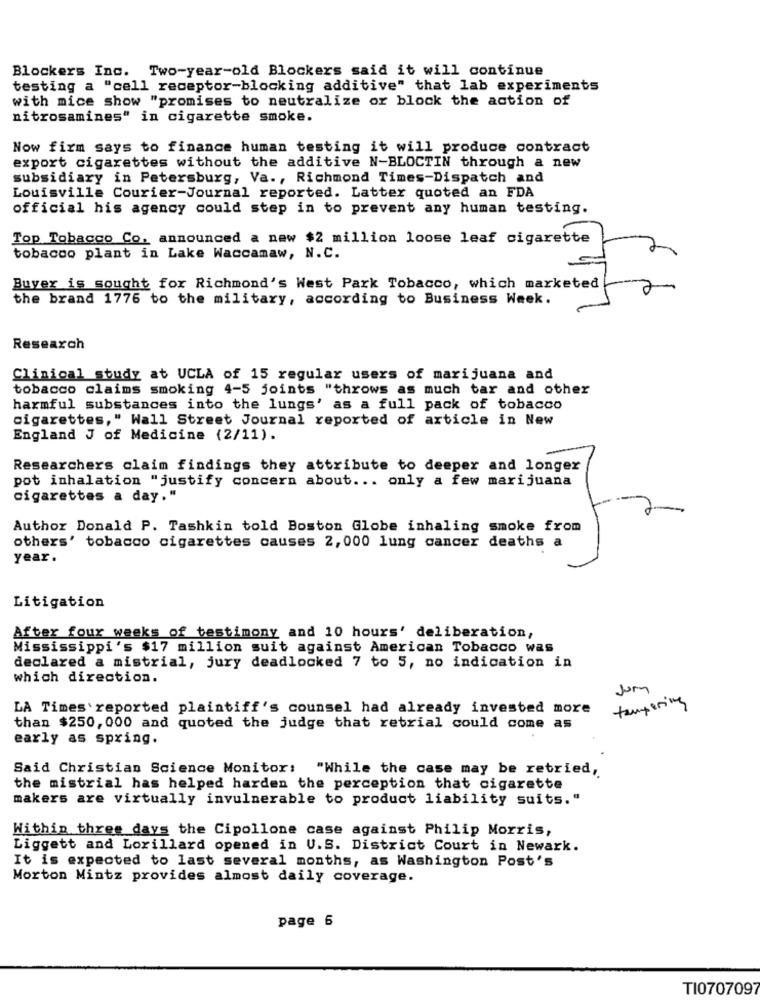
Blockers Inc. Two-year-old Blockers said it will continue
testing a "cell receptor-blocking additive" that lab experiments
with mice show "promises to neutralize or block the action of
nitrosamines" in cigarette smoke.
Now firm says to finance human testing it will produce contract
export cigarettes without the additive N-BLOCTIN through a new
subsidiary in Petersburg, Va ., Richmond Times-Dispatch and
Louisville Courier-Journal reported. Latter quoted an FDA
official his agency could step in to prevent any human testing.
Top Tobacco Co, announced a new $2 million loose leaf cigarette
tobacco plant in Lake Waccamaw, N.C.
Buyer is sought for Richmond's West Park Tobacco, which marketed
the brand 1776 to the military, according to Business Week.
Research
Clinical study at UCLA of 15 regular users of marijuana and
tobacco claims smoking 4-5 joints "throws as much tar and other
harmful substances into the lungs' as a full pack of tobacco
cigarettes," Wall Street Journal reported of article in New
England J of Medicine (2/11).
Researchers claim findings they attribute to deeper and longer
pot inhalation "justify concern about ... only a few marijuana
cigarettes a day."
Author Donald P. Tashkin told Boston Globe inhaling smoke from
others' tobacco cigarettes causes 2,000 lung cancer deaths a
year.
Litigation
After four weeks of testimony and 10 hours' deliberation,
Mississippi's $17 million suit against American Tobacco was
declared a mistrial, jury deadlocked 7 to 5, no indication in
which direction.
Jum
tampering
LA Times 'reported plaintiff's counsel had already invested more
than $250, 000 and quoted the judge that retrial could come as
early as spring.
Said Christian Science Monitor:
"While the case may be retried,
the mistrial has helped harden the perception that cigarette
makers are virtually invulnerable to product liability suits."
Within three days the Cipollone case against Philip Morris,
Liggett and Lorillard opened in U.S. District Court in Newark.
It is expected to last several months, as Washington Post's
Morton Mintz provides almost daily coverage.
page 6
TI0707097